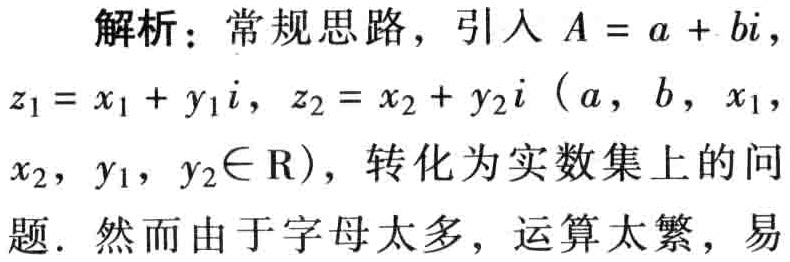
解析：常规思路，引入 \(A = a + bi\)，
\(z_{1}=x_{1}+y_{1}i\)，\(z_{2}=x_{2}+y_{2}i\)（\(a\)，\(b\)，\(x_{1}\)，
\(x_{2}\)，\(y_{1}\)，\(y_{2}\in \mathrm{R}\)），转化为实数集上的问
题. 然而由于字母太多，运算太繁，易